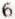
6